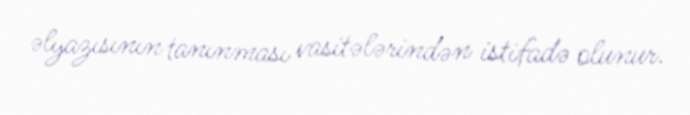
əlyazısının tanınması vasitələrindən istifadə olunur.